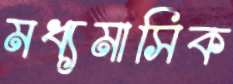
মধ্যমাসিক